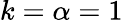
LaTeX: k=\alpha=1